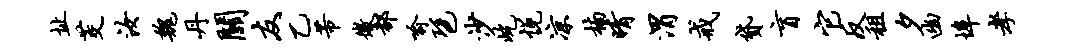
址茭汝魏丹关友乙芾微都喻琶沙屹悦凉楠晴渭戒贷盲它反租夕幽埠孝